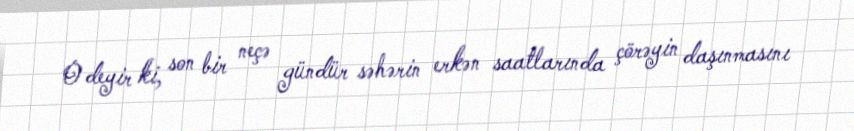
O deyir ki, son bir neçə gündür səhərin erkən saatlarında çörəyin daşınmasını